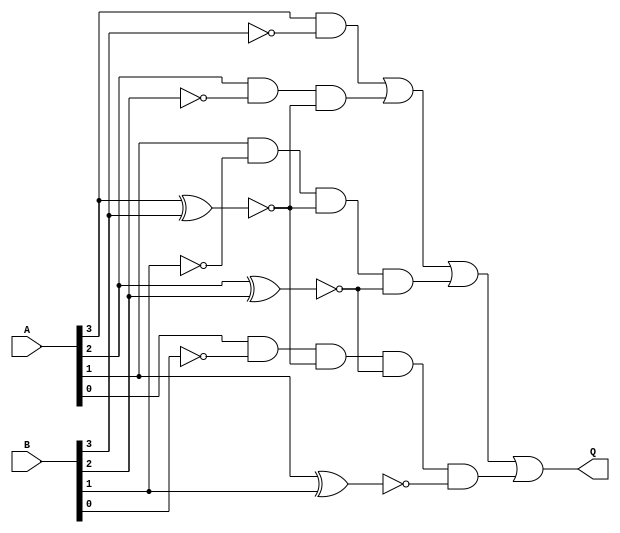
module checkbig(A, B, Q);
    input [3:0] A, B;
    output Q;
    wire [3:0] rev_B, bit, rev_xor, state;
    not not3(rev_B[3],B[3]);
    not not2(rev_B[2],B[2]);
    not not1(rev_B[1],B[1]);
    not not0(rev_B[0],B[0]);

    xor xor3(bit[3],A[3],B[3]);
    xor xor2(bit[2],A[2],B[2]);
    xor xor1(bit[1],A[1],B[1]);
    xor xor0(bit[0],A[0],B[0]);

    not not7(rev_xor[3],bit[3]);
    not not6(rev_xor[2],bit[2]);
    not not5(rev_xor[1],bit[1]);
    not not4(rev_xor[0],bit[0]);

    and and3(state[3],A[3],rev_B[3]);
    and and2(state[2],A[2],rev_B[2],rev_xor[3]);
    and and1(state[1],A[1],rev_B[1],rev_xor[3],rev_xor[2]);
    and and0(state[0],A[0],rev_B[0],rev_xor[3],rev_xor[2],rev_xor[1]);
    
    or ans(Q, state[3], state[2], state[1], state[0]);

endmodule